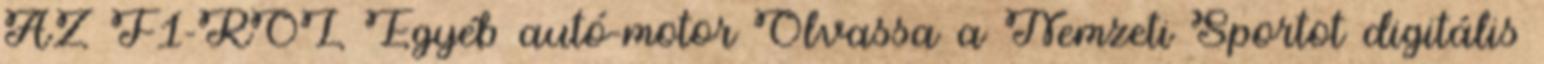
AZ F1-RŐL Egyéb autó-motor Olvassa a Nemzeti Sportot digitális